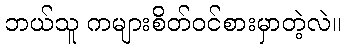
ဘယ်သူ ကများစိတ်ဝင်စားမှာတဲ့လဲ။